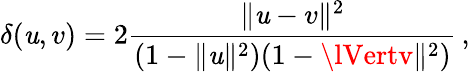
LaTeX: \delta(\mathit{u},v)=2{\frac{{\lVert\mathit{u}-v\rVert^{2}}}{{(1-\lVert\mathit{u}\rVert^{2})(1-\lVertv\rVert^{2})}}}\, ,